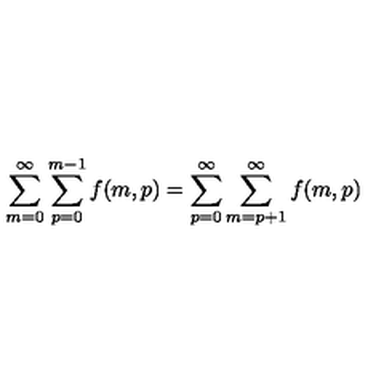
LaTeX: \sum _ { m = 0 } ^ { \infty } \sum _ { p = 0 } ^ { m - 1 } f ( m , p ) = \sum _ { p = 0 } ^ { \infty } \sum _ { m = p + 1 } ^ { \infty } f ( m , p )